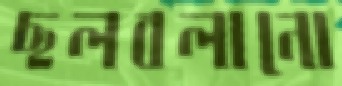
ছলবলানো